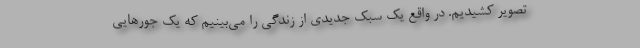
تصویر کشیدیم. در واقع یک سبک جدیدی از زندگی را می‌بینیم که یک جورهایی